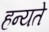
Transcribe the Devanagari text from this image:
हन्यते